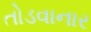
તોડવાનાર